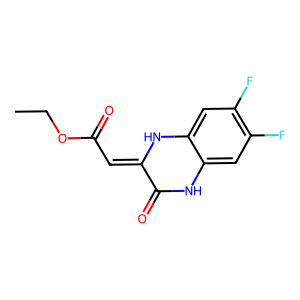
SMILES: CCOC(=O)C=C1Nc2cc(F)c(F)cc2NC1=O
Inhibits HIV replication: No